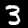
Label: 3